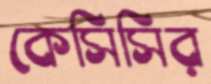
কেসিসির